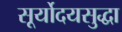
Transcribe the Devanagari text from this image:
सूर्योदयसुद्धा